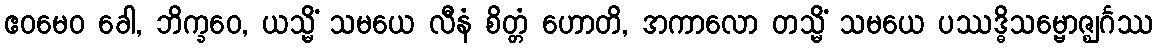
ဧဝမေဝ ခေါ, ဘိက္ခဝေ, ယသ္မိံ သမယေ လီနံ စိတ္တံ ဟောတိ, အကာလော တသ္မိံ သမယေ ပဿဒ္ဓိသမ္ဗောဇ္ဈင်္ဂဿ